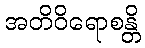
အတိဝိရောစန္တိ